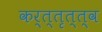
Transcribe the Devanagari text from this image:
कर्त्तृत्त्व